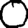
Digit: 0